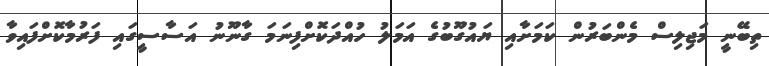
ތިބޭނީ މަޖިލިސް މެންބަރުން ކަމަށާއި ޔައުގޫބުގެ އަމަލު ހުއްދަކޮށްފިނަމަ ގާނޫނު އަސާސީގައި ފަރުމާކޮށްފައިވާ